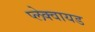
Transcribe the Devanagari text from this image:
प्लेक्वायड